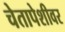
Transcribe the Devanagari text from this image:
चेतापेशीवर